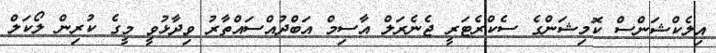
އިލެކްޝަންސް ކޮމިޝަންގެ ސެކްރެޓަރީ ޖެނެރަލް އާސިމް އަބްދުއްސައްތާރު ވިދާޅުވީ މީގެ ކުރިން ލޯކަލް